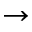
\to